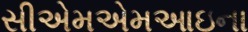
સીએમએમઆઇના